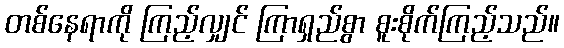
တစ်နေရာကို ကြည့်လျှင် ကြာရှည်စွာ စူးစိုက်ကြည့်သည်။